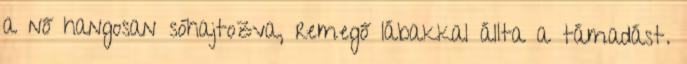
a nő hangosan sóhajtozva, remegő lábakkal állta a támadást.